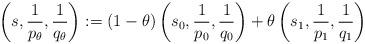
LaTeX: \begin{align*} \left(s,\frac{1}{p_\theta},\frac{1}{q_\theta}\right):= (1-\theta)\left(s_0,\frac{1}{p_0},\frac{1}{q_0}\right)+ \theta\left(s_1,\frac{1}{p_1},\frac{1}{q_1}\right)\end{align*}